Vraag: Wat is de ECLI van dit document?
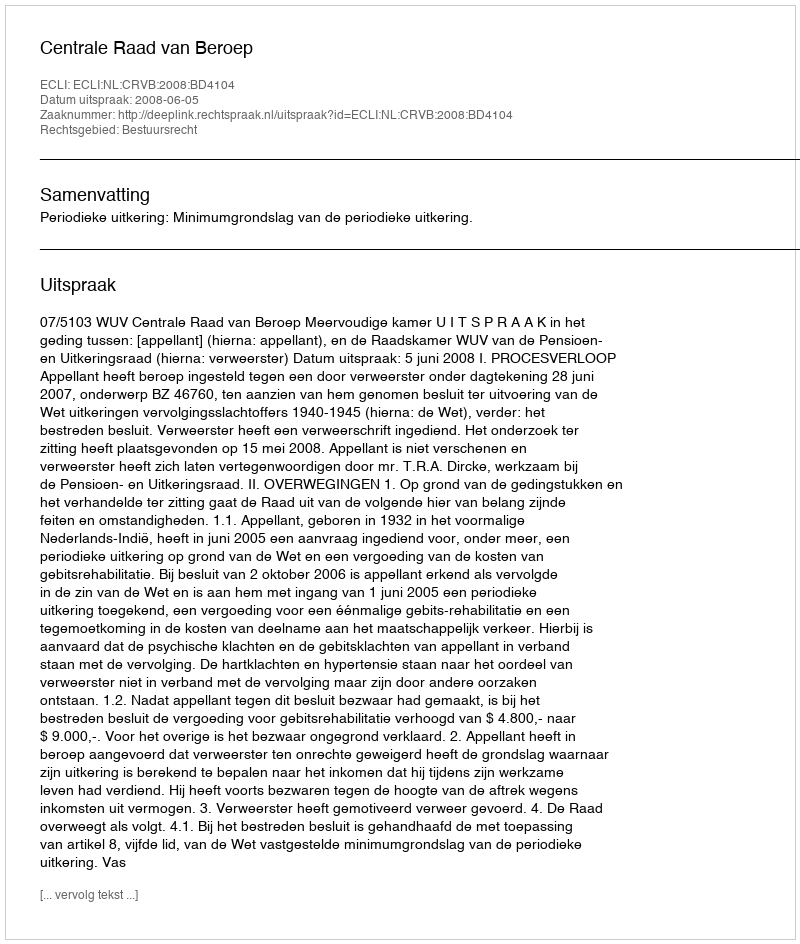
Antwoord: ECLI:NL:CRVB:2008:BD4104